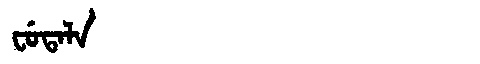
Manchu: ᠸᡠᡨᠠᠯᠠ
Romanization: FUTALA